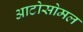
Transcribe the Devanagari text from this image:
आटोसोमल